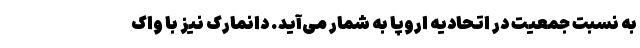
به نسبت جمعیت در اتحادیه اروپا به شمار می‌آید. دانمارک نیز با واک